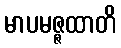
မာပမဇ္ဇထာတိ